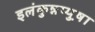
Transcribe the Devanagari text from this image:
इलंकुन्नप्पुष़ा